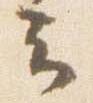
云